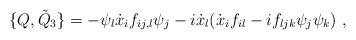
LaTeX: \begin{align*}\{Q,{\tilde Q}_3 \}=-\psi_l{\dot x}_i f_{ij,l}\psi_j- i{\dot x}_l({\dot x}_i f_{il}-if_{ljk}\psi_j\psi_k) \ , \end{align*}